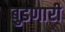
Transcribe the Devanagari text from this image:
बुडणारी